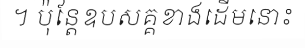
។ ប៉ុន្តែឧបសគ្គខាងដើមនោះ